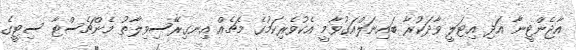
އާޖެންޓީނާ އަދި އިޓަލީ ވާދަކުރާ ބައިނަލްއަގުވާމީ އެކުވެރިކަމުގެ މެޗެއް އިނގިރޭސިވިލާތު މެންޗެސްޓާ ސިޓީގެ